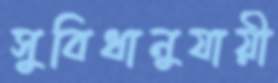
সুবিধানুযায়ী